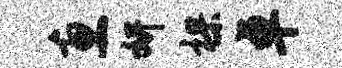
惠妍裸卓